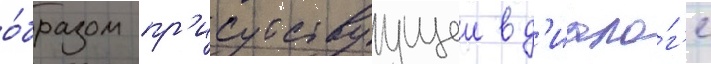
о́бразом пр'исутствуущеи в д'иало́г'е